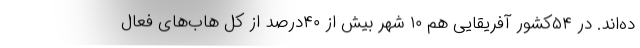
ده‌اند. در ۵۴کشور آفریقایی هم ۱۰ شهر بیش از ۴۰درصد از کل هاب‌های فعال